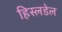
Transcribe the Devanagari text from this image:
हिस्लडेल